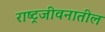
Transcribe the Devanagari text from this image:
राष्ट्रजीवनातील